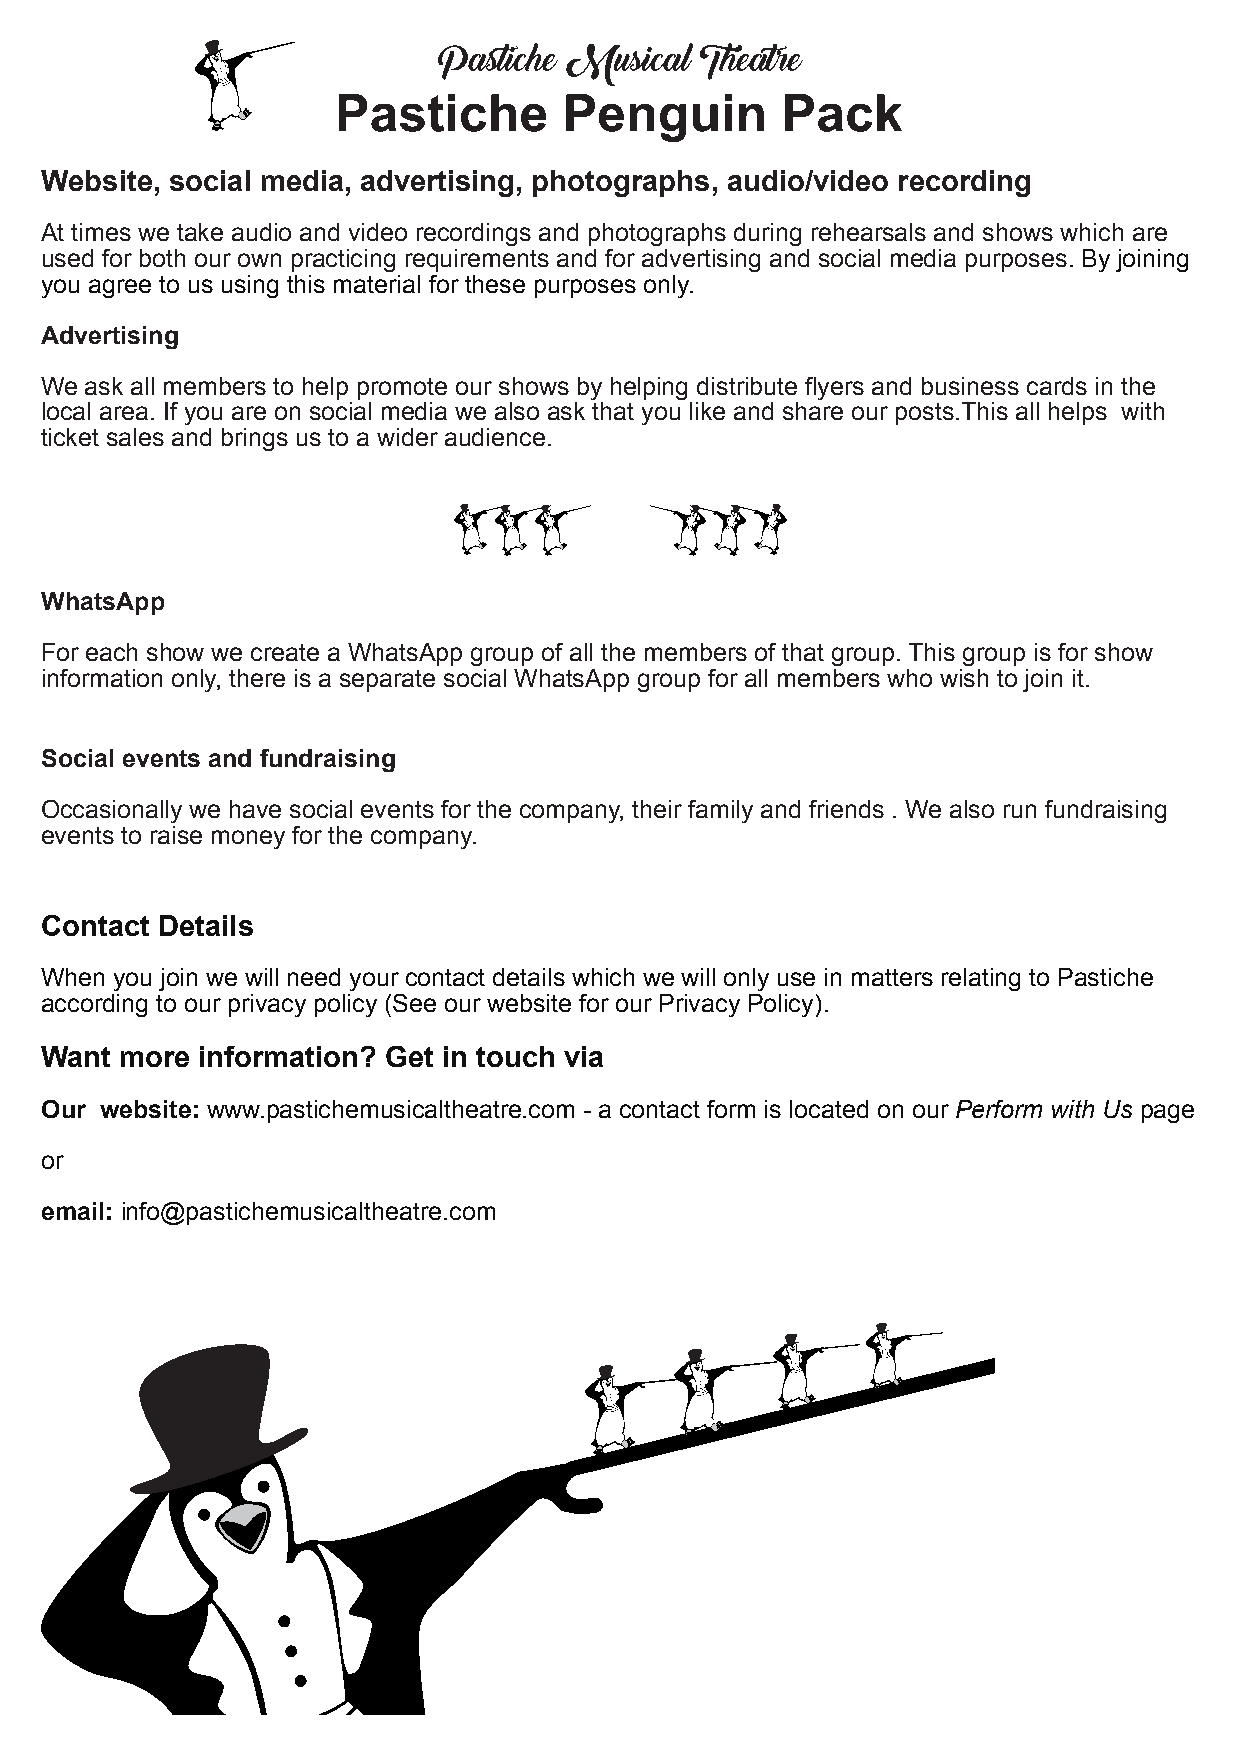
Pastiche Musical Theatre
 Pastiche       Penguin        Pack
 Website, social media, advertising, photographs, audio/video recording
 At times we take audio and video recordings and photographs during rehearsals and shows which are
 used for both our own practicing requirements and for advertising and social media purposes. By joining
 you agree to us using this material for these purposes only.
 Advertising
 We ask all members to help promote our shows by helping distribute flyers and business cards in the
 local area. If you are on social media we also ask that you like and share our posts.This all helps with
 ticket sales and brings us to a wider audience.
 WhatsApp
 For each show we create a WhatsApp group of all the members of that group. This group is for show
 information only, there is a separate social WhatsApp group for all members who wish to join it.
 Social events and fundraising
 Occasionally we have social events for the company, their family and friends . We also run fundraising
 events to raise money for the company.
 Contact Details
 When you join we will need your contact details which we will only use in matters relating to Pastiche
 according to our privacy policy (See our website for our Privacy Policy).
 Want more information? Get in touch via
 Our website: www.pastichemusicaltheatre.com - a contact form is located on our Perform with Us page
 or
 email: info@pastichemusicaltheatre.com